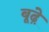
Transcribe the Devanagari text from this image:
बूढ़े़